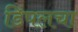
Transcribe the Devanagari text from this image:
डिंपलचा